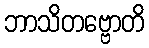
ဘာသိတဗ္ဗောတိ